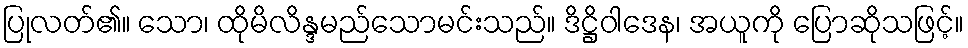
ပြုလတ်၏။ သော၊ ထိုမိလိန္ဒမည်သောမင်းသည်။ ဒိဋ္ဌိဝါဒေန၊ အယူကို ပြောဆိုသဖြင့်။